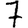
Digit: 7